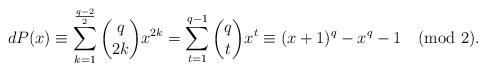
LaTeX: \begin{align*}dP(x)\equiv \sum\limits_{k=1}^{\frac{q-2}{2}}\binom {q} {2k}x^{2k}=\sum\limits_{t=1}^{q-1}\binom {q} {t}x^{t}\equiv (x+1)^{q}-x^{q}-1 \pmod{2}.\end{align*}